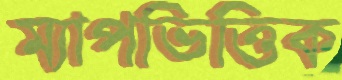
ম্যাপভিত্তিক